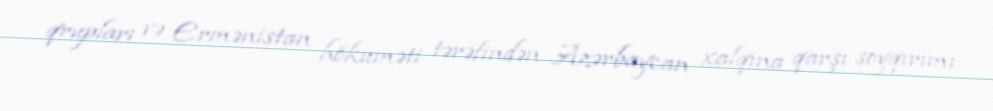
qrupları və Ermənistan hökuməti tərəfindən Azərbaycan xalqına qarşı soyqırımı